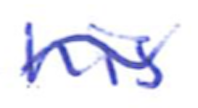
Text: his
Cross-out: wave
Writing tool: ballpoint